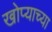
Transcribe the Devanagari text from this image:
खोप्याच्या